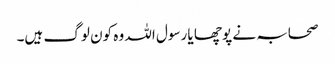
صحابہ نے پوچھا یا رسول اللہ وہ کون لوگ ہیں۔